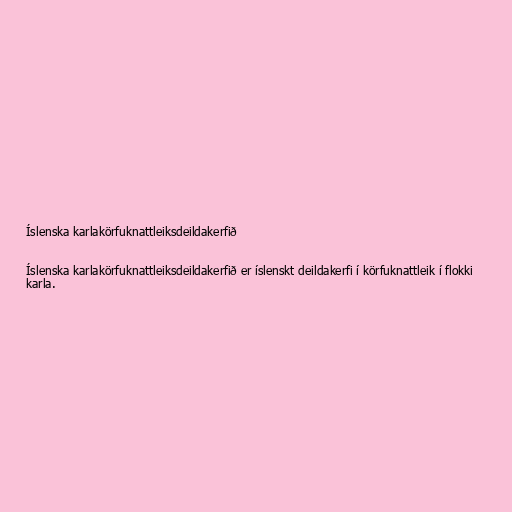
Íslenska karlakörfuknattleiksdeildakerfið

Íslenska karlakörfuknattleiksdeildakerfið er íslenskt deildakerfi í körfuknattleik í flokki
karla.